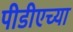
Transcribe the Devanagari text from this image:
पीडीएच्या